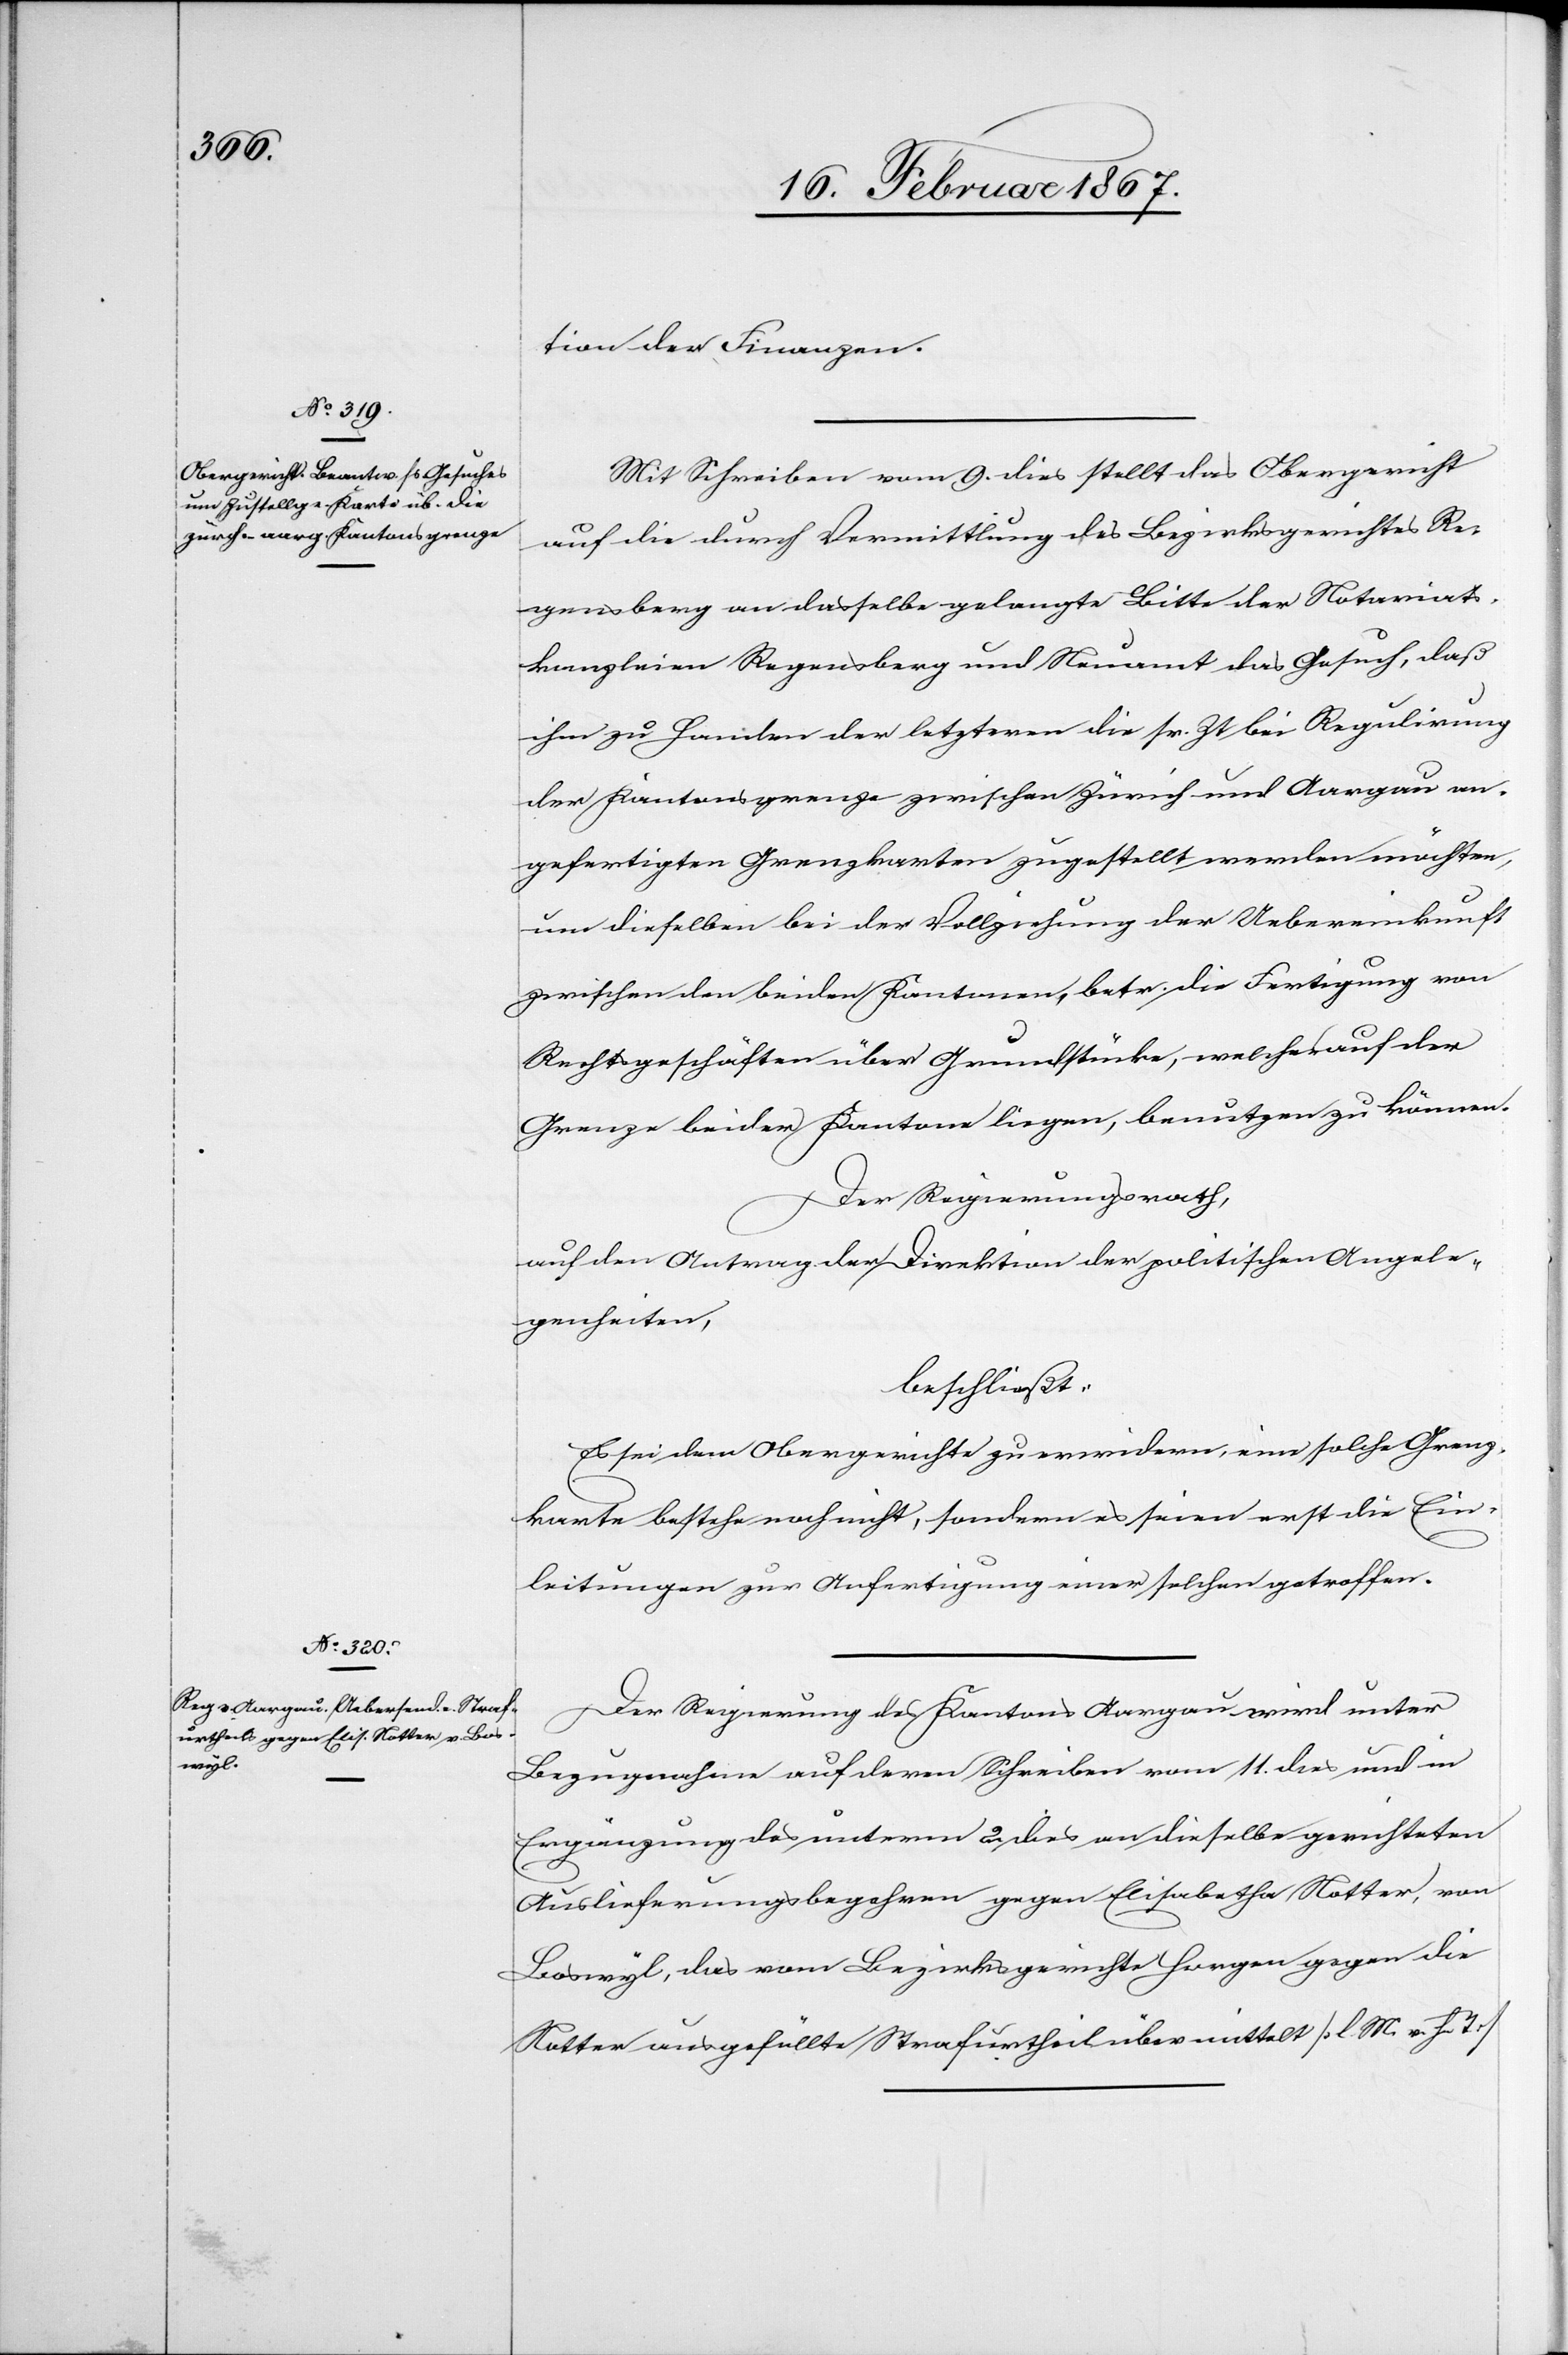
tion der Finanzen.
Mit Schreiben vom 9. dies stellt das Obergericht
auf die durch Vermittlung des Bezirksgerichtes Re¬
gensberg an dasselbe gelangte Bitte der Notariats¬
kanzleien Regensberg und Neuamt das Gesuch, daß
ihm zu Handen der letzteren die sr. Zt bei Regulirung
der Kantonsgrenze zwischen Zürich und Aargau an¬
gefertigten Grenzkarten zugestellt werden möchten,
um dieselben bei der Vollziehung der Uebereinkunft
zwischen den beiden Kantonen, betr. die Fertigung von
Rechtsgeschäften über Grundstücke, welche auf der
Grenze beider Kantone liegen, benutzen zu können.
Der Regierungsrath,
auf den Antrag der Direktion der politischen Angele¬
genheiten,
beschließt:
Es sei dem Obergerichte zu erwidern, eine solche Grenz¬
karte bestehe noch nicht, sondern es seien erst die Ein¬
leitungen zur Anfertigung einer solchen getroffen.
Der Regierung des Kantons Aargau wird unter
Bezugnahme auf deren Schreiben vom 11. dies und in
Ergänzung des unterm 2. dies an dieselbe gerichteten
Auslieferungsbegehren gegen Elisabetha Notter, von
Boswyl, das vom Bezirksgerichte Horgen gegen die
Notter ausgefällte Strafurtheil übermittelt [l. M. v. h. T][.]